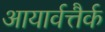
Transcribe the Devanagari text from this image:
आयार्वत्तैर्क